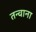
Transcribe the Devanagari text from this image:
तन्वाना